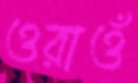
ওরাওঁ